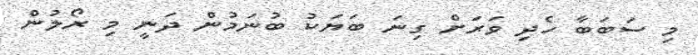
މި ސަބަބާ ހެދި ވަރަށް ގިނަ ބަޔަކު ބުނަމުން ދަނީ މި ރޯލުން